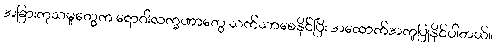
အခြားကုသမှုတွေက ရောဂါလက္ခဏာတွေ သက်သာစေနိုင်ပြီး အထောက်အကူပြုနိုင်ပါတယ်။